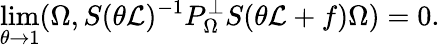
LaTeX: \operatorname*{lim}_{\theta\to 1}(\Omega,S(\theta{\cal L})^{-1}P_{\Omega}^{\bot}S(\theta{\cal L}+f)\Omega)=0.